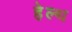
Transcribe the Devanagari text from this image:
हे़ल्थ